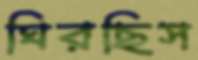
ঘিরছিস